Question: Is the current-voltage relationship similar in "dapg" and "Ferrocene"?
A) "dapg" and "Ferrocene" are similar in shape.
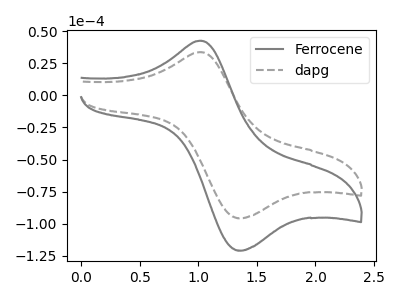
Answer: <think>The gray curve "Ferrocene" has an anodic peak at (1.00V, 42.65uA) and a cathodic peak at (1.35V, -120.85uA). The gray dashed curve "dapg" has an anodic peak at (1.00V, 33.75uA) and a cathodic peak at (1.35V, -95.65uA).
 All the peaks in "dapg" have a peak in "Ferrocene" at the same potential. Every peak in "dapg" is lower than every peak in "Ferrocene".</think>
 <answer>A) "dapg" and "Ferrocene" are similar in shape.</answer>
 <eval>A</eval>